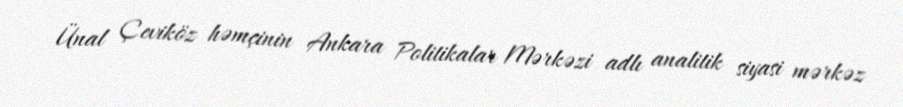
Ünal Çeviköz həmçinin Ankara Politikalar Mərkəzi adlı analitik siyasi mərkəz